Civil Veterinary Department. Madras. Admin. report 1926-33 - 1926-1933
Year: 1926
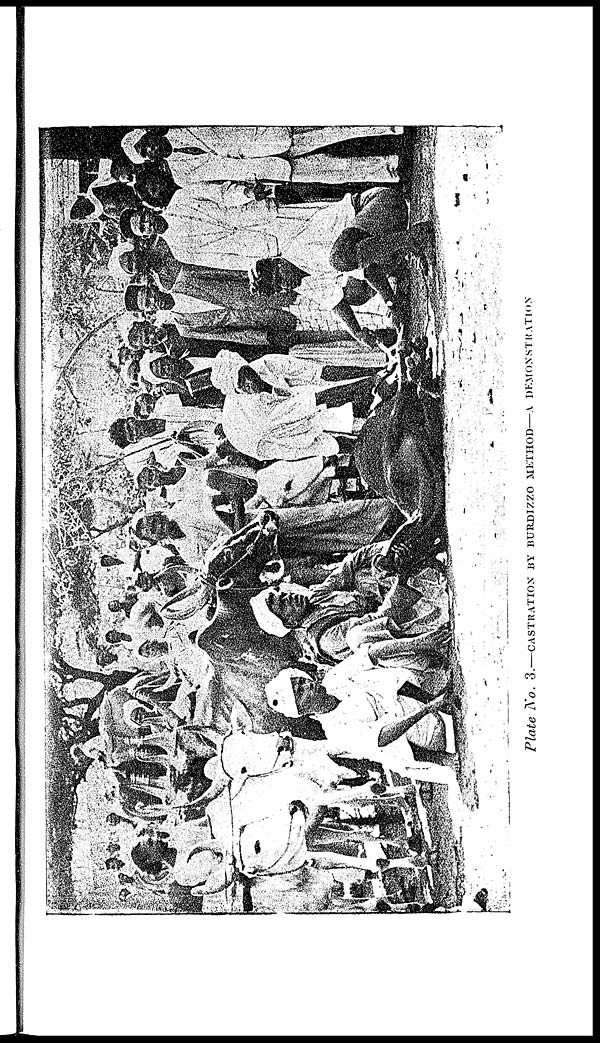
Plate No. 3.—CASTRATION BY BURDIZZO METHOD—A DEMONSTRATION